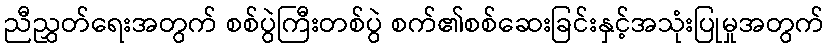
ညီညွှတ်ရေးအတွက် စစ်ပွဲကြီးတစ်ပွဲ စက်၏စစ်ဆေးခြင်းနှင့်အသုံးပြုမှုအတွက်